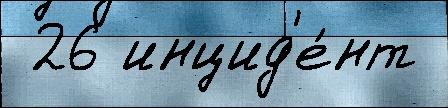
 26 инцид'е́нт